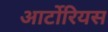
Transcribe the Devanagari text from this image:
आर्टोरियस